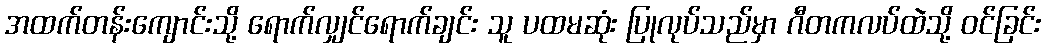
အထက်တန်းကျောင်းသို့ ရောက်လျှင်ရောက်ချင်း သူ ပထမဆုံး ပြုလုပ်သည်မှာ ဂီတကလပ်ထဲသို့ ဝင်ခြင်း